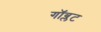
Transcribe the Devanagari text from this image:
गॉब्लट